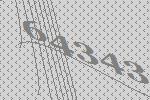
64343